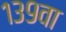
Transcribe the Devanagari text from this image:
१३९वा